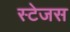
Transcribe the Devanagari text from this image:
स्टेजस